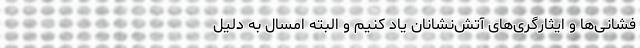
فشانی‌ها و ایثارگری‌های آتش‌نشانان یاد کنیم و البته امسال به دلیل